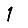
Digit: 1